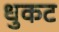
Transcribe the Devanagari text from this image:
धुकट